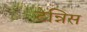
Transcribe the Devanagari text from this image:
टेन्निस